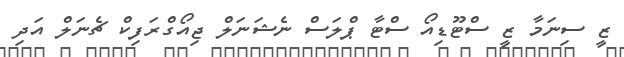
ޒީ ސިނަމާ ޒީ ސްޓޫޑިއޯ ސްޓާ ޕްލަސް ނެޝަނަލް ޖިއޯގްރަފިކް ޗެނަލް އަދި